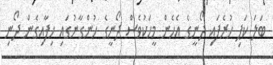
ބަލަ ކަޕި ހުރެފައި ދޯނީގެ އެހެން މީހަކުވެސް ދޯނީގެ ހުންގާނުގައި ހިފާއިގެން ދޯނި